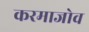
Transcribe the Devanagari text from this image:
करमाजोव